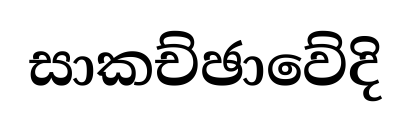
සාකච්ඡාවේදි